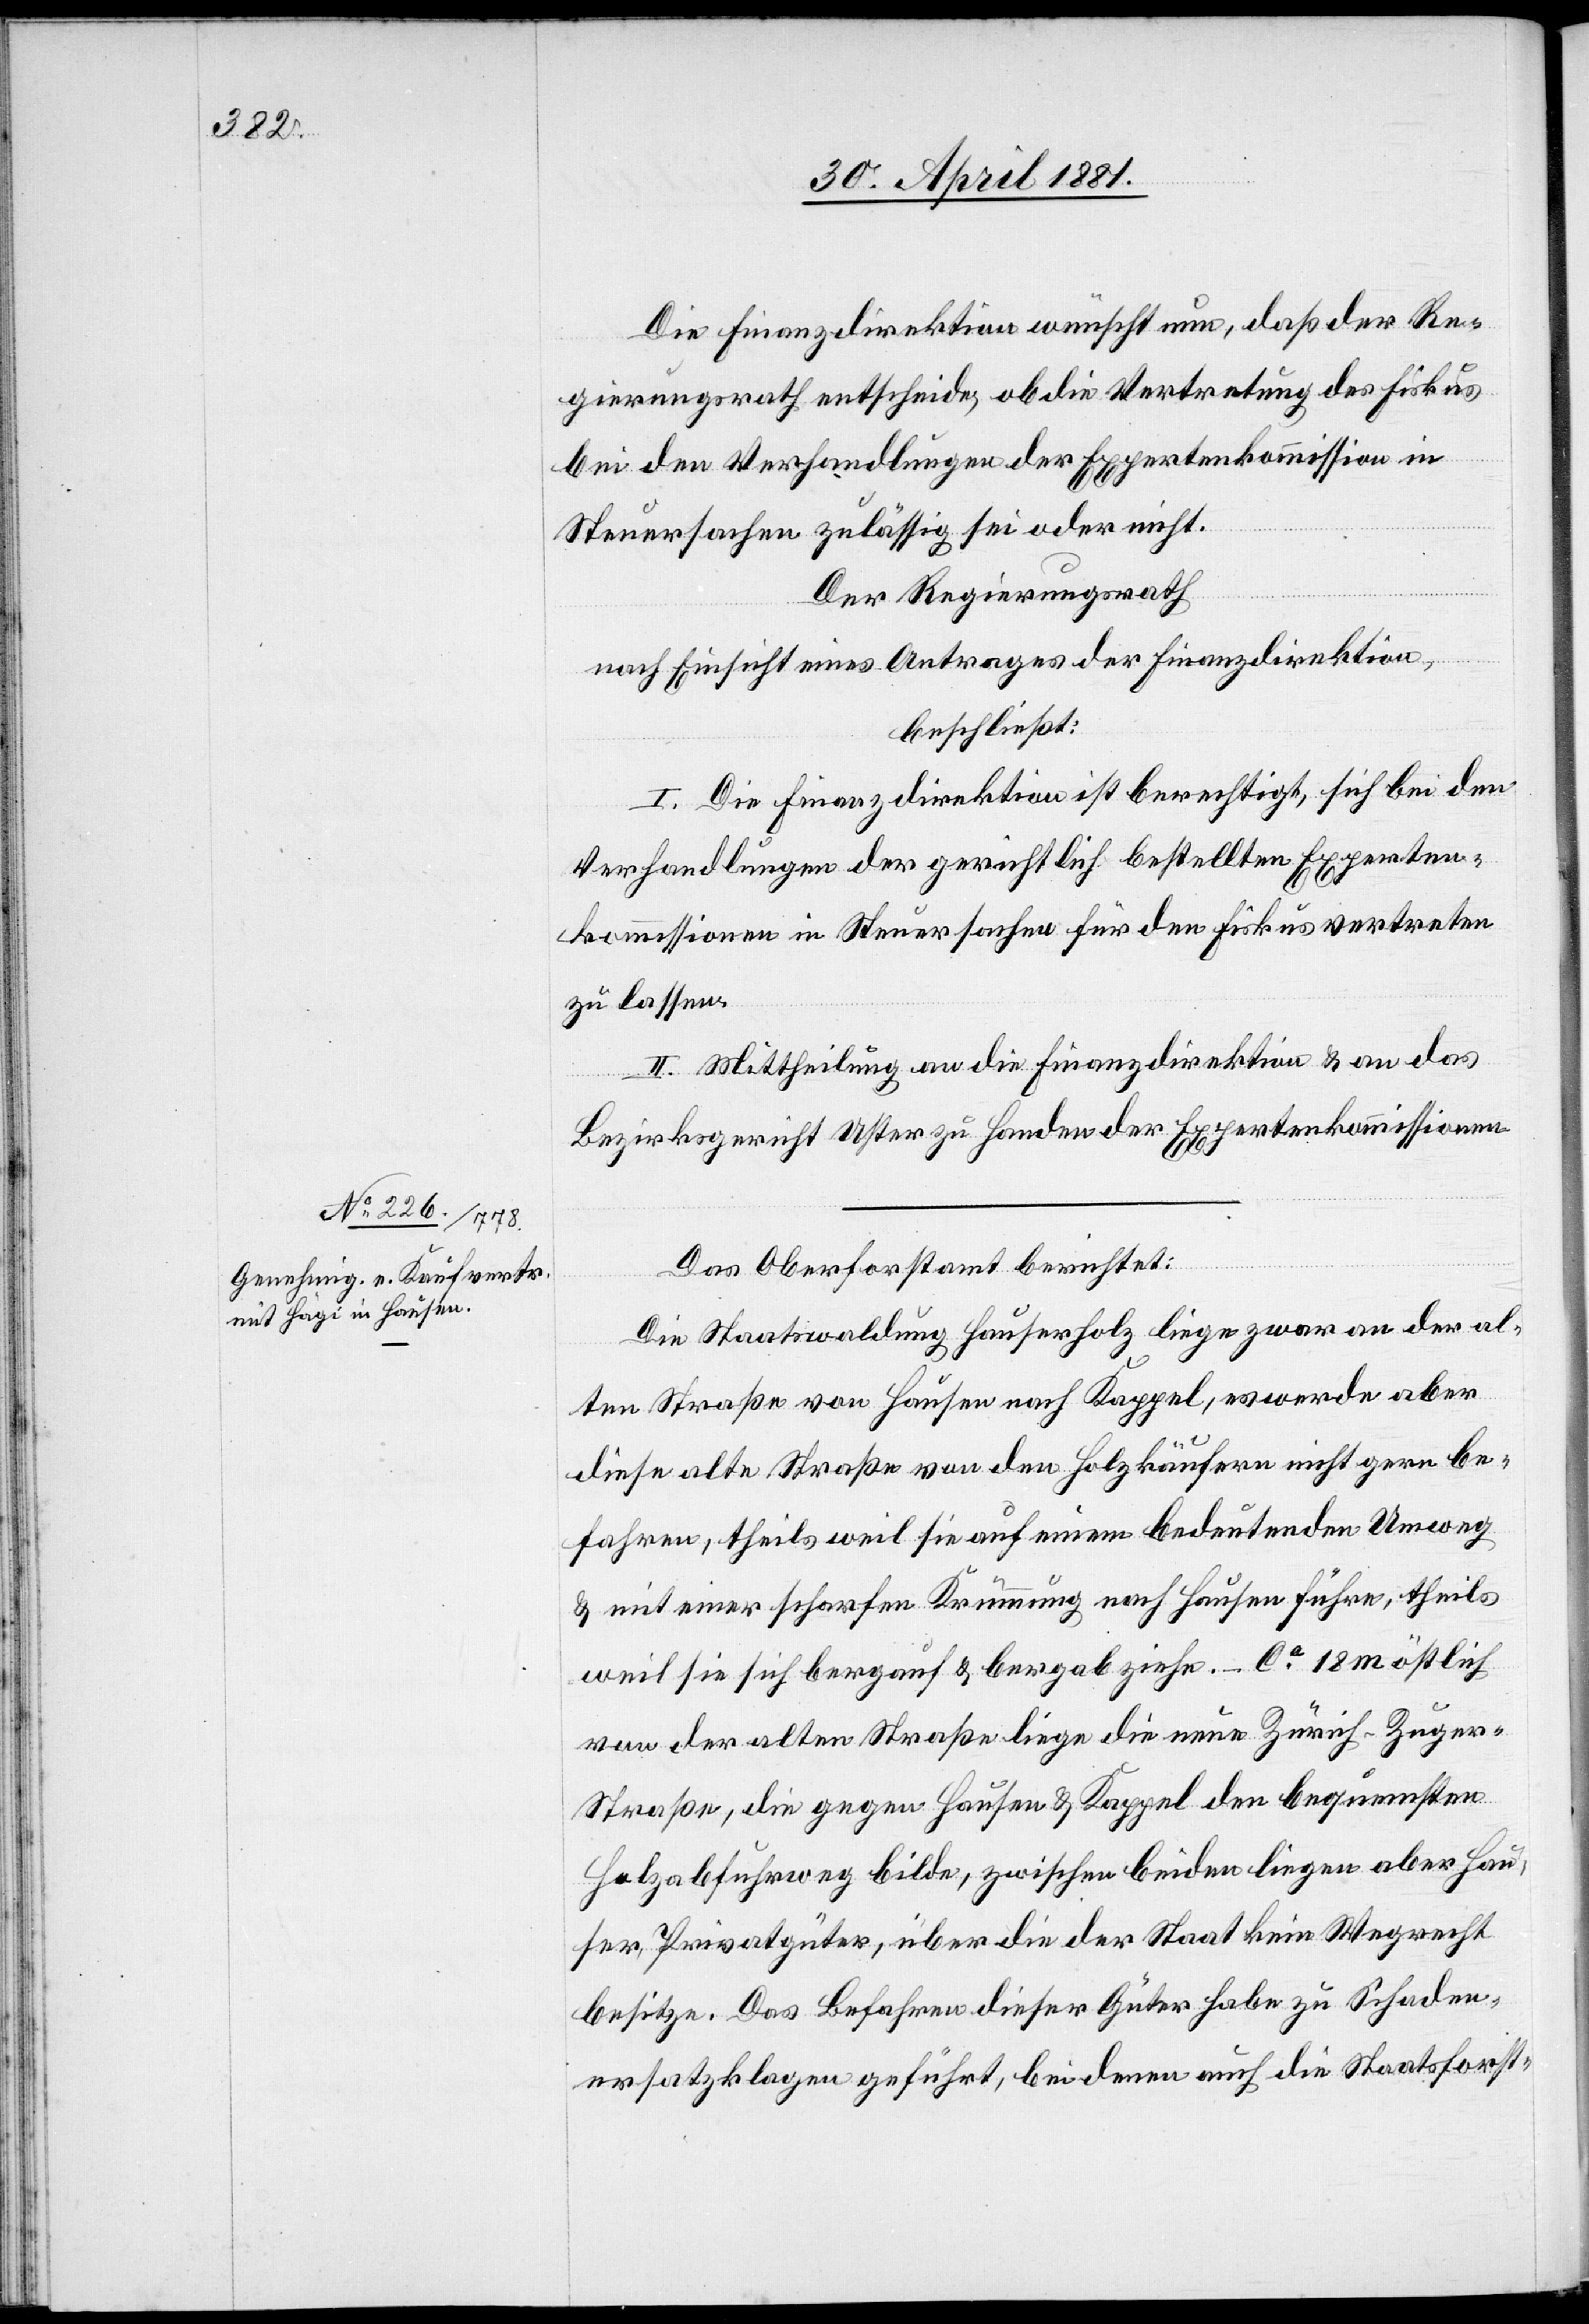
Die Finanzdirektion wünscht nun, daß der Re¬
gierungsrath entscheide ob die Vertretung des Fiskus
bei den Verhandlungen der Expertenkommission in
Steuersachen zulässig sei oder nicht.
Der Regierungsrath,
nach Einsicht eines Antrages der Finanzdirektion,
beschließt:
I. Die Finanzdirektion ist berechtigt, sich bei den
Verhandlungen der gerichtlich bestellten Experten¬
kommission in Steuersachen für den Fiskus vertreten
zu lassen.
II. Mittheilung an die Finanzdirektion & an das
Bezirksgericht Uster zu Handen der Expertenkommissionen.
Das Oberforstamt berichtet:
Die Staatswaldung Hauserholz liege zwar an der al¬
ten Straße von Hausen nach Kappel, es werde aber
diese alte Straße von den Holzkäufern nicht gern be¬
fahren, theils weil sie auf einem bedeutenden Umweg
& mit einer scharfen Krümmung nach Hausen führe, theils
weil sie sich bergauf & bergab ziehe. – ca 18 m östlich
von der alten Straße liege die neue Zürich–Zuge¬
r-Straße, die gegen Hausen & Kappel den bequemsten
Holzabfuhrweg bilde, zwischen beiden liegen aber Häu¬
ser, Privatgüter, über die der Staat kein Wegrecht
besitze. Das Befahren dieser Güter habe zu Schaden¬
ersatzklagen geführt, bei denen auch die Staatsforst-